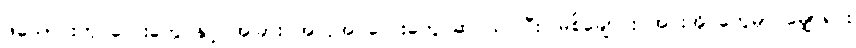
ဖယောင်းတိုင်လေးတွေ နှင့် အခြား အလှအပလေးတွေ ဆင်ယင်ပြီး မြစ်ချောင်း အင်းအိုင်တွေမှာ မျှောရင်း